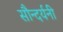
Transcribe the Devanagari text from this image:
सौन्दर्यनी